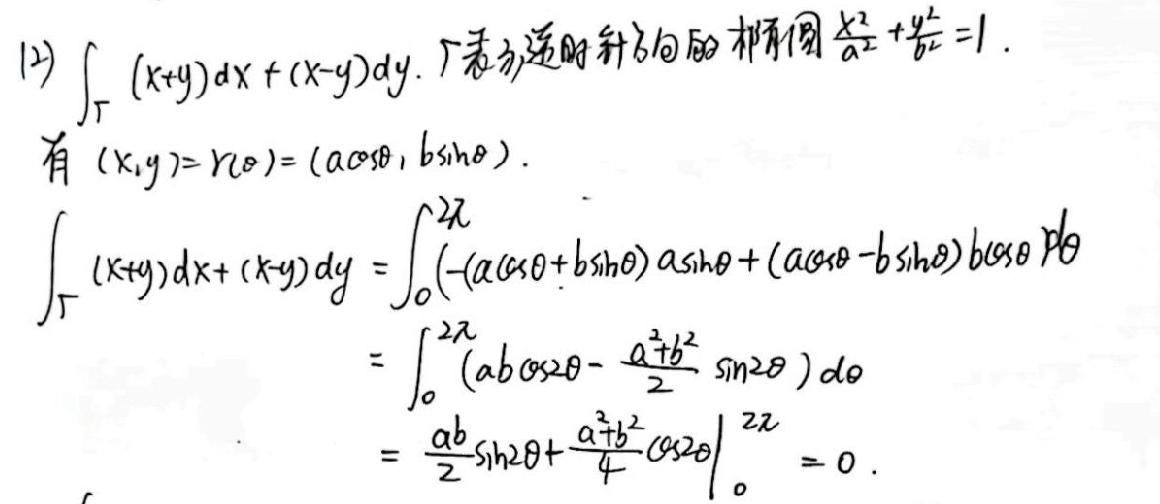
(2) $\int_{\Gamma}(x + y)dx+(x - y)dy$. $\Gamma$表示逆时针方向的椭圆$\frac{x^{2}}{a^{2}}+\frac{y^{2}}{b^{2}} = 1$.
有$(x,y)=r(\theta)=(a\cos\theta,b\sin\theta)$.
\begin{align*}
\int_{\Gamma}(x + y)dx+(x - y)dy&=\int_{0}^{2\pi}(-(a\cos\theta + b\sin\theta)a\sin\theta+(a\cos\theta - b\sin\theta)b\cos\theta)d\theta\\
&=\int_{0}^{2\pi}(ab\cos2\theta-\frac{a^{2}+b^{2}}{2}\sin2\theta)d\theta\\
&=\left[\frac{ab}{2}\sin2\theta+\frac{a^{2}+b^{2}}{4}\cos2\theta\right]_{0}^{2\pi}=0.
\end{align*}